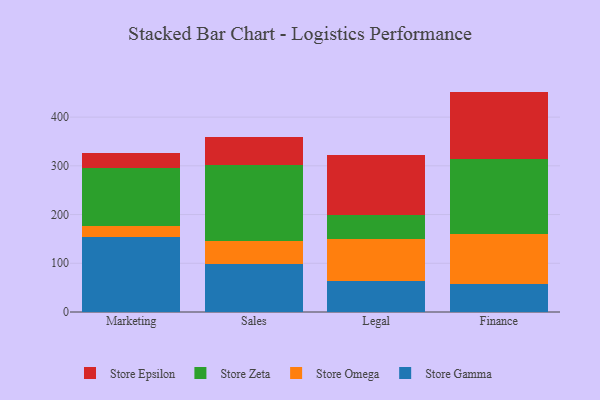
{"axis": {"x": "Department", "y": "Temperature (°C)"}, "legend": ["Store Epsilon", "Store Gamma", "Store Omega", "Store Zeta"], "data": [{"x": "Marketing", "y": 153.5, "type": "Store Gamma"}, {"x": "Marketing", "y": 22.4, "type": "Store Omega"}, {"x": "Marketing", "y": 120.7, "type": "Store Zeta"}, {"x": "Marketing", "y": 29.4, "type": "Store Epsilon"}, {"x": "Sales", "y": 97.7, "type": "Store Gamma"}, {"x": "Sales", "y": 48.8, "type": "Store Omega"}, {"x": "Sales", "y": 155.2, "type": "Store Zeta"}, {"x": "Sales", "y": 57.6, "type": "Store Epsilon"}, {"x": "Legal", "y": 63.2, "type": "Store Gamma"}, {"x": "Legal", "y": 86.5, "type": "Store Omega"}, {"x": "Legal", "y": 50.4, "type": "Store Zeta"}, {"x": "Legal", "y": 121.5, "type": "Store Epsilon"}, {"x": "Finance", "y": 58.0, "type": "Store Gamma"}, {"x": "Finance", "y": 101.2, "type": "Store Omega"}, {"x": "Finance", "y": 154.6, "type": "Store Zeta"}, {"x": "Finance", "y": 138.6, "type": "Store Epsilon"}]}